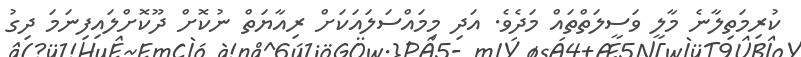
ކުރިމަތިލާނެ މާލީ ވަސީލަތްތައް މަދެވެ. އަދި މިމައްސަލައަކަށް ރިއާޔަތް ނުކޮށް ދޫކޮށްލައިފިނަމަ ދިގު